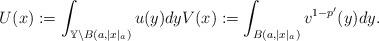
LaTeX: \begin{align*}U(x):= { \int_{\mathbb Y\backslash{B(a,|x|_a )}} u(y) dy} V(x):= \int_{B(a,|x|_a )}v^{1-p'}(y)dy. \end{align*}